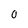
Character: 0